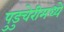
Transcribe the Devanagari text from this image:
पुडुचेरीमध्ये